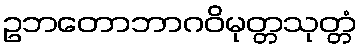
ဥဘတောဘာဂဝိမုတ္တသုတ္တံ